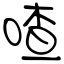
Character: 喳